Civil Veterinary Dept. Bombay admin report 1932-41 - 1932-1941
Year: 1932
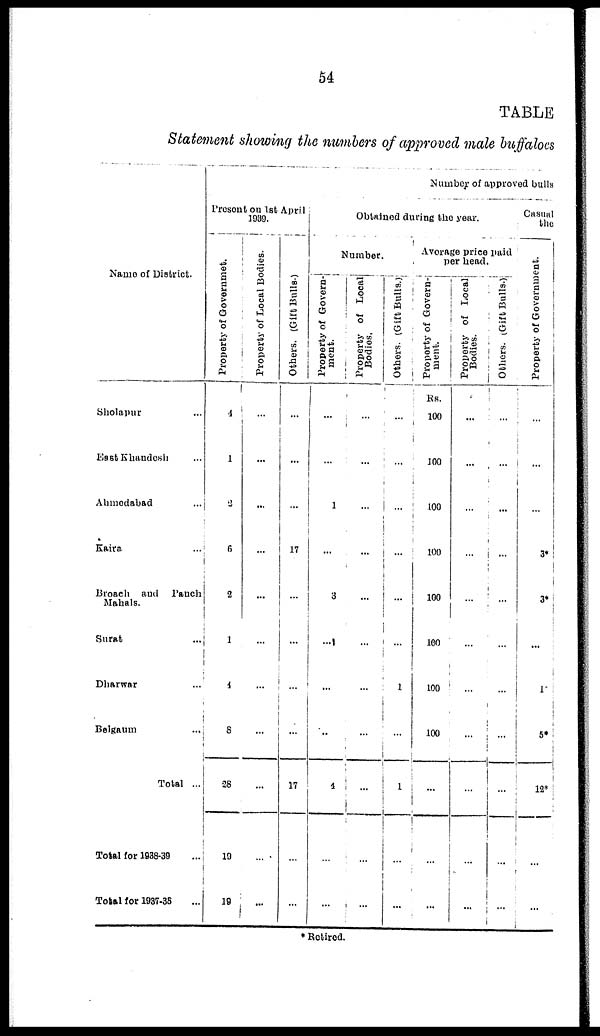
54
TABLE
Statement showing the numbers of approved male buffaloes
Name of District.
Sholapur ...
East Khandesh ...
Ahmedabad ...
Kaira ...
Broach and Panch
Mahals.
Surat ...
Dharwar ...
Belgaum ...
Total ...
Total for 1938-39
Total for 1937-38 ...
Number of approved bulls
Present on 1st April
1939.
Property of Governmet.
4
1
2
6
2
1
4
8
28
19
19
Property of Local Bodies.
...
...
...
...
...
...
...
...
...
...
...
Others. (Gift Bulls.)
...
...
...
17
...
...
...
...
17
...
...
Obtained during the year.
Number.
Property of Govern-
ment.
...
...
1
...
3
....
...
..
4
...
...
Property of Local
Bodies.
...
...
...
...
...
...
...
...
...
...
Others. (Gift Bul l s. )
...
...
...
...
...
...
1
...
1
...
...
Average price paid
per head.
Property of Govern-
ment.
Rs.
100
100
100
100
100
100
100
100
...
...
...
Property of Local
Bodies.
...
...
...
...
...
...
...
...
...
...
...
Others. (Gift Bulls.)
...
...
...
...
...
...
...
...
...
...
Casual
the
Property of Government.
...
...
...
3*
3*
...
1*
5*
12*
...
...
* Retired.